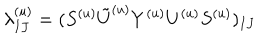
LaTeX: \lambda _ { I J } ^ { ( u ) } = ( S ^ { ( u ) } { \tilde { U } ^ { ( u ) } } Y ^ { ( u ) } U ^ { ( u ) } S ^ { ( u ) } ) _ { I J }